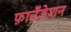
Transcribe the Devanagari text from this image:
फ़ाउँडेशन